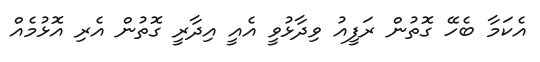
އެކަމާ ބެހޭ ގޮތުން ރަފީއު ވިދާޅުވީ އެއީ އިދާރީ ގޮތުން އެރި އޮޅުމެއް